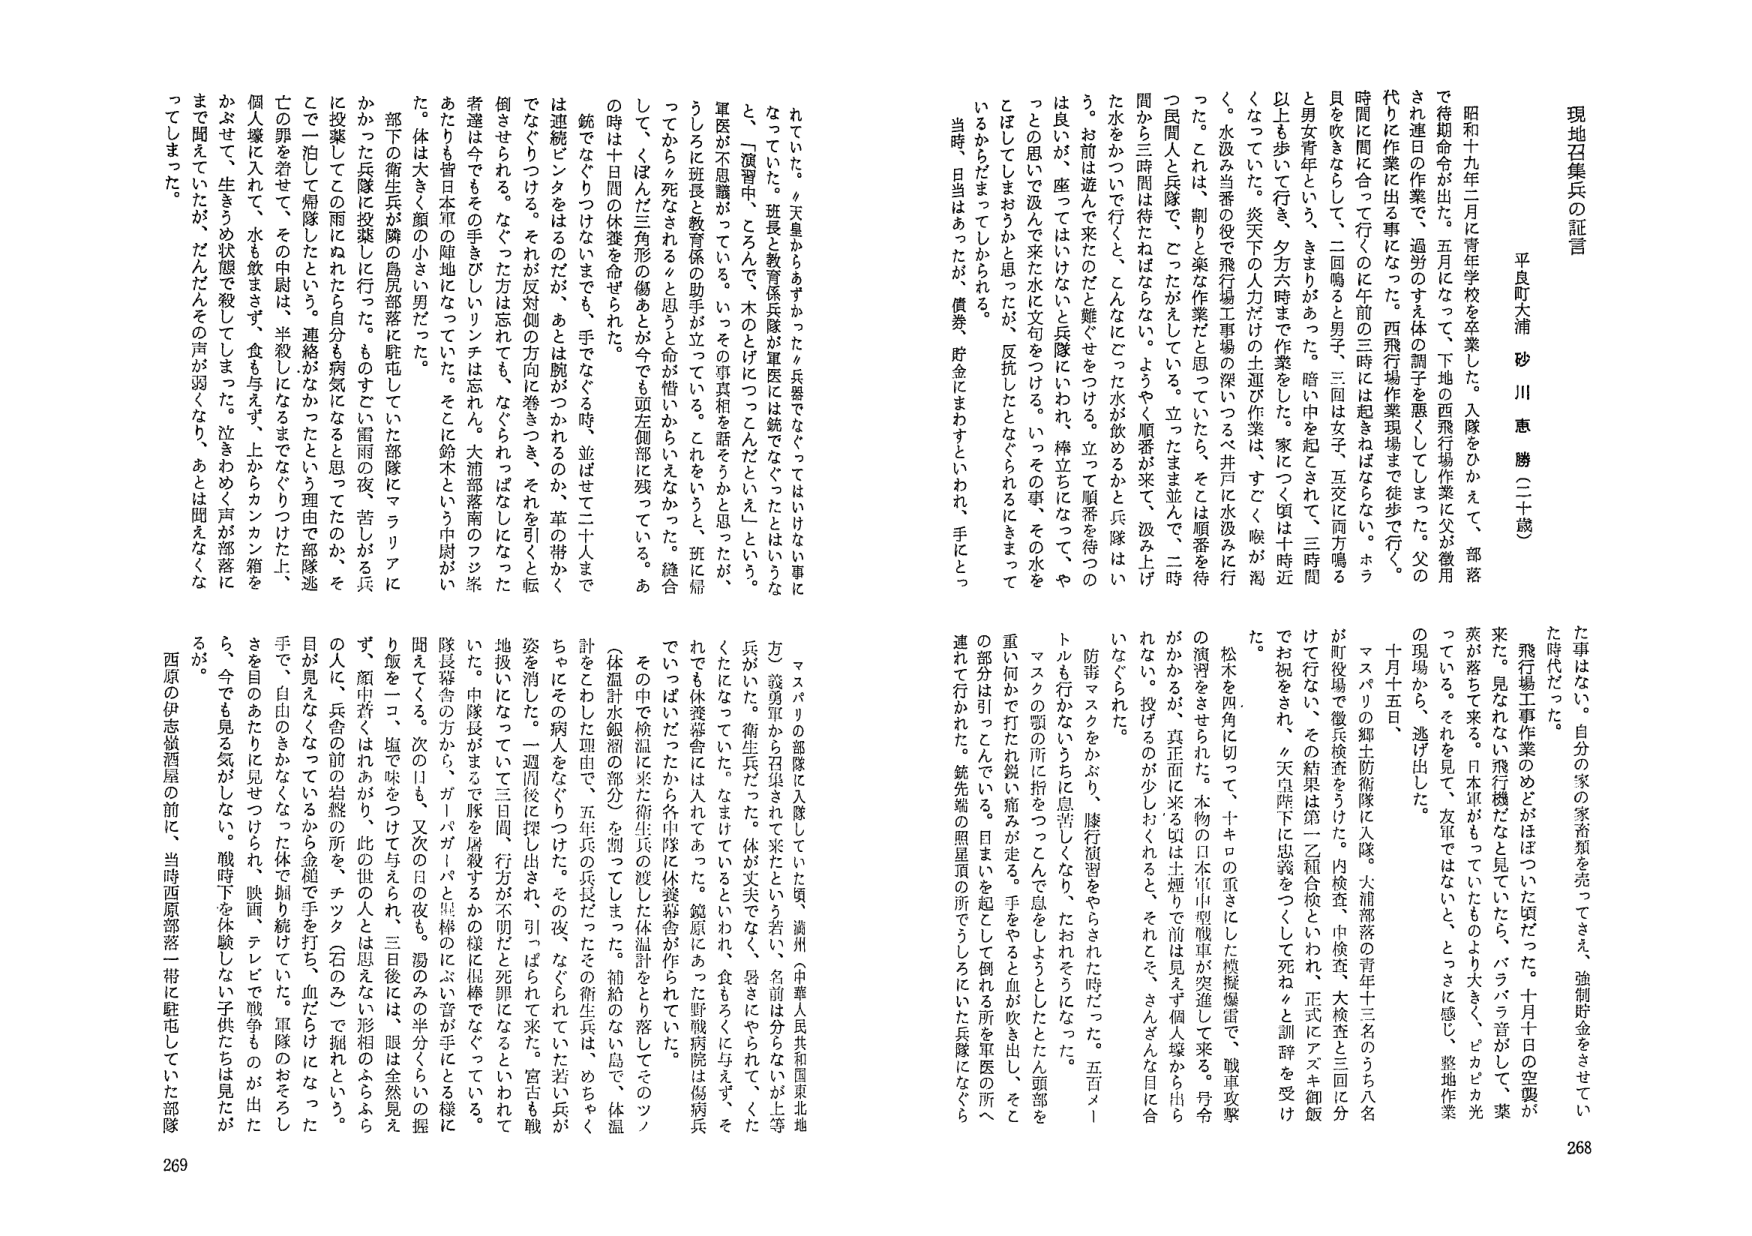
現地召集兵の証言

平良町大浦 砂川 恵勝（二十歳）

昭和十九年二月に青年学校を卒業した。入隊をひかえて、部落で待期命令が出た。五月になって、下地の西飛行場作業に父が徴用され連日の作業で、過労のすえ体の調子を悪くしてしまった。父の代りに作業に出る事になった。西飛行場作業現場まで徒歩で行く。時間に間に合って行くのに午前の三時には起きねばならない。ホラ貝を吹きながら、二回鳴ると男子、三回は女子、互交に両方鳴ると男女青年という、きまりがあった。暗い中を起こされて、三時間以上を歩いて行き、夕方六時まで作業をした。家につく頃は十時近くなっていた。炎天下の人力だけの土運び作業は、すごく喉が渇く。水汲み当番の役で飛行場工事場の深いつるべ井戸に水汲みに行った。これは、割りと楽な作業だと思っていたら、そこは順番を待つ民間人と兵隊で、ごったがえしている。立ったまま並んで、二時間から三時間は待たねばならない。ようやく順番が来て、汲み上げた水をかついで行くと、こんなにごったがえしている。立って順番を待つのは良いが、座ってはいけないと兵隊にいわれ、棒立ちになって、やっとの思いで汲んで来た水に文句をつける。いっその事、その水をこぼしてしまおうかと思ったが、反抗したとならされるにきまっているからだましてしかられる。

当時、日当はあったが、債券、貯金にまわすといわれ、手にとっ

た事はない。自分の家の家畜類を売ってさえ、強制附金をさせていた時代だった。

飛行場工事作業のめどがほぼついた頃だった。十月十日の空襲が来た。見なれない飛行機だなと見ていたら、パラパラ音がして薬莢が落ちて来る。日本軍がもっていたものより大きく、ビカビカ光っている。それを見て、友軍ではないと、とっさに感じ、整地作業の現場から、逃げ出した。

十月十五日、

マスバリの郷土防衛隊に入隊。大浦部落の青年十三名のうち八名が町役場で徴兵検査をうけた。内検査、中検査、大検査と三回に分けて行ない、その結果は第一乙種合格といわれ、正式にアズキ御飯でお祝をされ、『天皇陛下に忠義をつくして死ね』と訓辞を受けた。

松木を四角に切って、十キロの重さにした燃料爆雷で、敵軍攻撃の演習をさせられた。本物の日本軍中型戦車が突進して来る。号令がかかるが、真正面に来る頃は十畑で前は見ず個人塚から出られなくなる。投げるのが少しわくれるとき、それこそ、さんざんな目に合いたなぐられた。

防毒マスクをかぶり、隊行演習をやらされた時だった。五百メートルも行かないうちに息苦しくなり、たおれそうになった。マスクの顎の所に指をつつんで息をしようとしたとたん頭部を重い何かで打たれ鋭い痛みが走る。手をやると血が吹き出し、その部分は引っこんでいる。目まを起こして倒れる所を軍医の所へ連れて行かれた。鉱先端の照星頭の所でうしろにいた兵隊になぐら

マスバリの部隊に入隊していた頃、満州（中華人民共和国東北地方）義勇軍から召集されて来たという若い、名前は分からないが、等兵がいた。衛生兵だった。体が丈夫でなく、昼さにやられて、くたびれたなっていた。なまけていていると、食もろくに与えず、それでも体養報告には入れてあった。鏡原といった野戦病院は傷病兵でいっぱいだったから中隊に探した体養報告が作られてた。その中で検温に来た衛生兵の渡した体温計をとり潑してそのソ（体温計水銀溜の部分）を割ってしまった。補給のない島で、体温計をこわした理由で、五年兵の兵長だったその衛生兵は、めちゃくちゃにその病人をなぐりつけた。その夜、なぐられていた若い兵が姿を消した。一週間後に探し出され、引っぱられて来た。宮古も酸地投いになっていた三日間、行方が不明だと死罪になるといわれていた。中隊長がまるで隊を屠殺するかの様に棍棒でなぐっている。隊長寝舎の方から、ガーバガーパと黒棒のにぶい音が手にとる様に聞えてくる。次の日も、又次の日の夜も。湯のみの半分くらいの握り飯を一コ、塩味をつけて与えられ、三日後には、眼は全然見えず、顔中若くはれあがり、此の世の人は思えない形相のよらぶらの人、兵舎の前の岩盤の所を、チッタ（石のみ）で掘れという。目が見えなくなっているから金槌で手を打ち、血だらけになった手で、自由のきかなくなった体で掘り続けた。軍隊のおそろしさを目のあたりに見せつけられ、映画、テレビで戦争ものが出たとき、今でも見る気がしない。戦時下を体験しない子供たちは見たがるが。

西原の伊志嶺星の前に、当時西原部落一帯に駐屯していた部隊

268

269